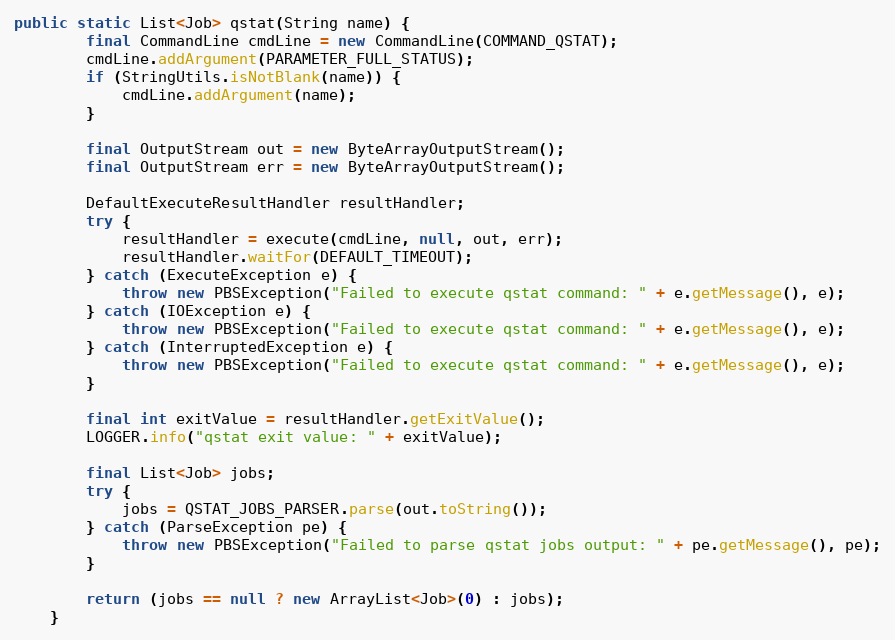
Language: Java
public static List<Job> qstat(String name) {
        final CommandLine cmdLine = new CommandLine(COMMAND_QSTAT);
        cmdLine.addArgument(PARAMETER_FULL_STATUS);
        if (StringUtils.isNotBlank(name)) {
            cmdLine.addArgument(name);
        }

        final OutputStream out = new ByteArrayOutputStream();
        final OutputStream err = new ByteArrayOutputStream();

        DefaultExecuteResultHandler resultHandler;
        try {
            resultHandler = execute(cmdLine, null, out, err);
            resultHandler.waitFor(DEFAULT_TIMEOUT);
        } catch (ExecuteException e) {
            throw new PBSException("Failed to execute qstat command: " + e.getMessage(), e);
        } catch (IOException e) {
            throw new PBSException("Failed to execute qstat command: " + e.getMessage(), e);
        } catch (InterruptedException e) {
            throw new PBSException("Failed to execute qstat command: " + e.getMessage(), e);
        }

        final int exitValue = resultHandler.getExitValue();
        LOGGER.info("qstat exit value: " + exitValue);

        final List<Job> jobs;
        try {
            jobs = QSTAT_JOBS_PARSER.parse(out.toString());
        } catch (ParseException pe) {
            throw new PBSException("Failed to parse qstat jobs output: " + pe.getMessage(), pe);
        }

        return (jobs == null ? new ArrayList<Job>(0) : jobs);
    }